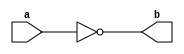
module NotGate(a,b) ;   // 1

output b ;
input a ;

nand(b,a,a) ;

endmodule 

module AndGate(a,b,c) ;  // 2 

output c ;
input a,b ;
wire x ;

nand(x,a,b);
nand(c,x,x) ;

endmodule 

module OrGate(a,b,c) ;  // 3 

output c ;
input a,b ;
wire x,y ;

nand(x,a,a) ;
nand(y,b,b) ;
nand(c,x,y) ;

endmodule 

module Mux2x1(a,b,s,c) ;  // 12

output c ;
input a,b,s ;
wire x,y,z ;

NotGate NG_1(s,z );
AndGate AG_1(a,z,x) ;
AndGate AG_2(b,s,y) ;
OrGate OG_1(x,y,c) ;

endmodule